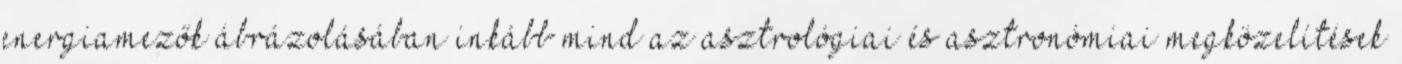
energiamezők ábrázolásában inkább mind az asztrológiai és asztronómiai megközelítések